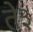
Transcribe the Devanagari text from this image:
ते३